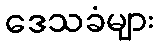
ဒေသခံများ